Indian Civil Veterinary Department memoirs
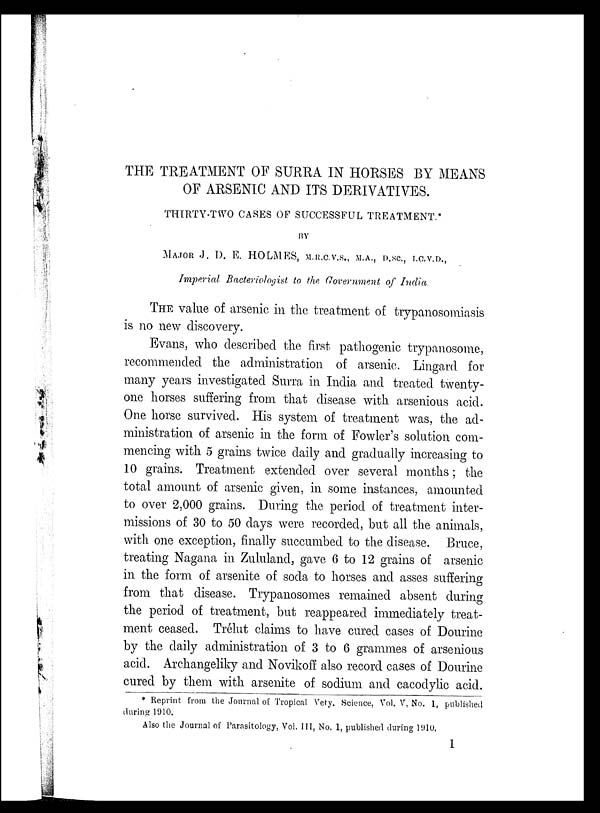
THE TREATMENT OF SURRA IN HORSES BY MEANS
OF ARSENIC AND ITS DERIVATIVES.
THIRTY-TWO CASES OF SUCCESSFUL TREATMENT.*
BY
MAJOR J. D. E. HOLMES, M.R.C.V.S., M.A., D.SC., I.C.V.D.,
Imperial Bacteriologist to the Government of India.
THE value of arsenic in the treatment of trypanosomiasis
is no new discovery.
Evans, who described the first pathogenic trypanosome,
recommended the administration of arsenic. Lingard for
many years investigated Surra in India and treated twenty-
one horses suffering from that disease with arsenious acid.
One horse survived. His system of treatment was, the ad-
ministration of arsenic in the form of Fowler's solution com-
mencing with 5 grains twice daily and gradually increasing to
10 grains. Treatment extended over several months; the
total amount of arsenic given, in some instances, amounted
to over 2,000 grains. During the period of treatment inter-
missions of 30 to 50 days were recorded, but all the animals,
with one exception, finally succumbed to the disease. Bruce,
treating Nagana in Zululand, gave 6 to 12 grains of arsenic
in the form of arsenite of soda to horses and asses suffering
from that disease. Trypanosomes remained absent during
the period of treatment, but reappeared immediately treat-
ment ceased. Trélut claims to have cured cases of Dourine
by the daily administration of 3 to 6 grammes of arsenious
acid. Archangeliky and Novikoff also record cases of Dourine
cured by them with arsenite of sodium and cacodylic acid.
* Reprint from the Journal of Tropical Vety, Science, Vol. V, No. 1, published
during 1910.
Also the Journal of Parasitology, Vol. III, No. 1, published during 1910.
1